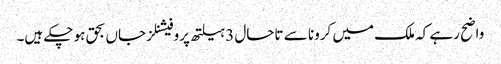
واضح رہے کہ ملک میں کرونا سے تاحال 3 ہیلتھ پروفیشنلز جاں بحق ہو چکے ہیں۔